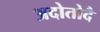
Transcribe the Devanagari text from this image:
अदोतोदै